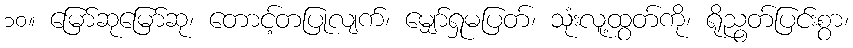
၁၀။ မြော်ဆုမြော်ဆု၊ တောင့်တပြုလျက်၊ မျှော်ရှုမပြတ်၊ သုံးလူ့ထွတ်ကို၊ ရိုညွတ်ပြင်းစွာ၊